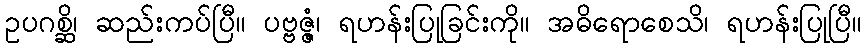
ဥပဂစ္ဆိ၊ ဆည်းကပ်ပြီ။ ပဗ္ဗဇ္ဇံ၊ ရဟန်းပြုခြင်းကို။ အဓိရောစေသိ၊ ရဟန်းပြုပြီ။